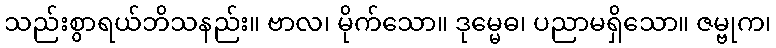
သည်းစွာရယ်ဘိသနည်း။ ဗာလ၊ မိုက်သော။ ဒုမ္မေဓ၊ ပညာမရှိသော။ ဇမ္ဗုက၊